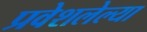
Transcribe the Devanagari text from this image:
प्रवेशलेल्या